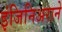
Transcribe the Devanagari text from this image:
इंजिनिअराने